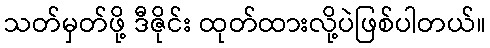
သတ်မှတ်ဖို့ ဒီဇိုင်း ထုတ်ထားလို့ပဲဖြစ်ပါတယ်။